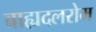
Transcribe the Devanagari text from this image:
बाह्यदलरोम